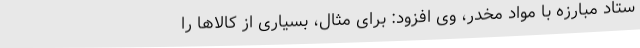
ستاد مبارزه با مواد مخدر، وی افزود: برای مثال، بسیاری از کالاها را